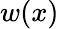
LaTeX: w(x)